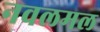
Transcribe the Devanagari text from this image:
नवलमल